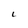
Character: L